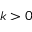
k > 0